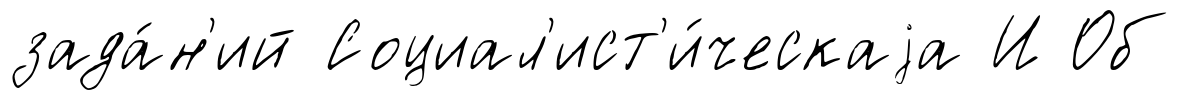
зада́н'ий Социал'ист'и́ческаjа И Об